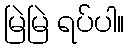
မြဲမြဲ ရပ်ပါ။